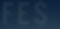
FES